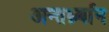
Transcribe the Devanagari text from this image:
अन्तर्ध्र्यान